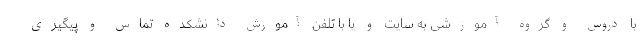
با دروس و گروه آموزشی به سایت و یا با تلفن آموزش دانشکده تماس و پیگیری